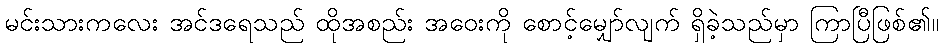
မင်းသားကလေး အင်ဒရေသည် ထိုအစည်း အဝေးကို စောင့်မျှော်လျက် ရှိခဲ့သည်မှာ ကြာပြီဖြစ်၏။